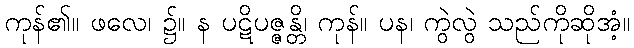
ကုန်၏။ ဖလေ၊ ၌။ န ပဋိပဇ္ဇန္တိ၊ ကုန်။ ပန၊ ကွဲလွဲ သည်ကိုဆိုအံ့။